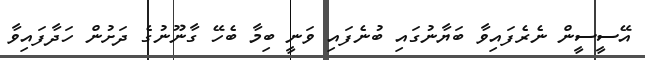
އޭސީސީން ނެރެފައިވާ ބަޔާނުގައި ބުނެފައި ވަނީ ބިމާ ބެހޭ ގާނޫނުގެ ދަށުން ހަދާފައިވާ